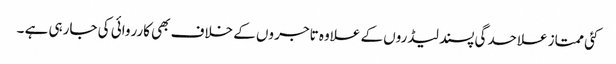
کئی ممتاز علاحدگی پسند لیڈروں کے علاوہ تاجر وں کے خلاف بھی کارروائی کی جارہی ہے ۔